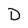
Character: D